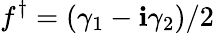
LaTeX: f^{\dagger}=(\gamma_{1}-\mathbf{i}\gamma_{2})/2